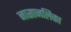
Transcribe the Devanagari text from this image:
नासानलिका